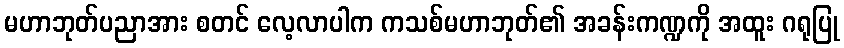
မဟာဘုတ်ပညာအား စတင် လေ့လာပါက ကသစ်မဟာဘုတ်၏ အခန်းကဏ္ဍကို အထူး ဂရုပြု